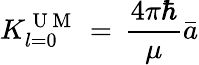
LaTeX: {K_{l=0}^{\mathrm{~U~M~}}\, =\, \frac{4\pi\hbar}{\mu}\bar{a}}